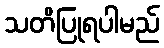
သတိပြုရပါမည်